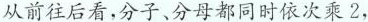
从前往后看，分子、分母都同时依次乘2，